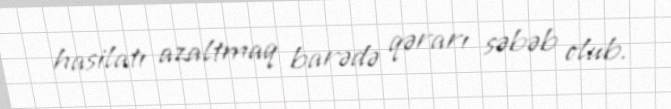
hasilatı azaltmaq barədə qərarı səbəb olub.